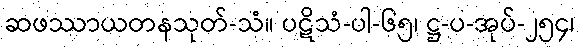
ဆဖဿာယတနသုတ်-သံ။ ပဋိသံ-ပါ-၆၅၊ ဋ္ဌ-ပ-အုပ်-၂၅၄၊